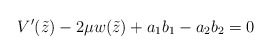
\begin{align*}V'(\tilde z) - 2\mu w(\tilde z) +a_1b_1-a_2b_2 = 0\end{align*}